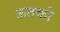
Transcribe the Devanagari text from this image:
ऊतको